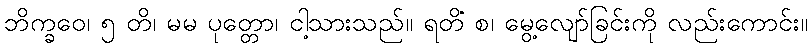
ဘိက္ခဝေ၊ ၅ တိ၊ မမ ပုတ္တော၊ ငါ့သားသည်။ ရတိံ စ၊ မွေ့လျော်ခြင်းကို လည်းကောင်း။